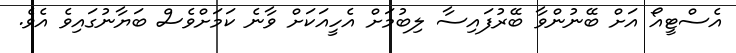
އެސްޓީއޯ އަށް ބޭނުންވާ ބޭރުފައިސާ ލިބުމަށް އެހީއަކަށް ވާނެ ކަމަށްވެސް ބަޔާނުގައިވެ އެވެ.